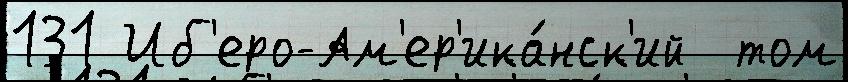
131 Иб'еро-Ам'ер'ика́нск'ий  том